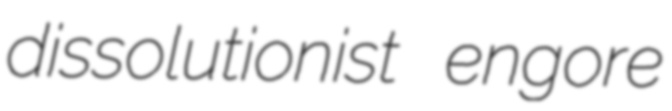
dissolutionist engore